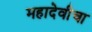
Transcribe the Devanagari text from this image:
महादेवीचा